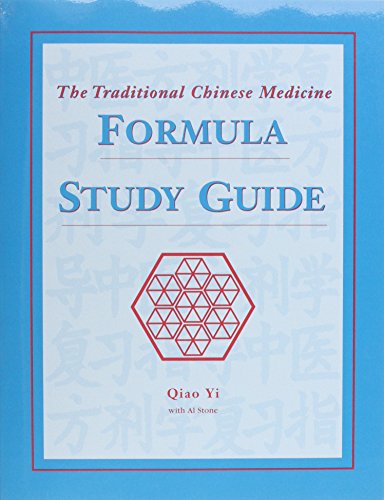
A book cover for The Traditional Chinese Medicine Formula; Qiao, M.D. Yi; Health, Fitness & Dieting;